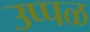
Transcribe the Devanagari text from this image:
उप्पळ